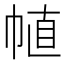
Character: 𢃜